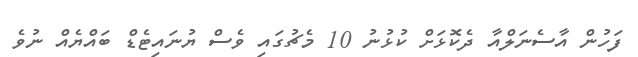
ފަހުން އާސެނަލްއާ ދެކޮޅަށް ކުޅުނު 10 މެޗުގައި ވެސް ޔުނައިޓެޑް ބައްޔެއް ނުވެ